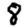
Digit: 8